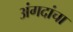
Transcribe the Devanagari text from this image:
अंगदांचा